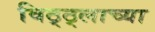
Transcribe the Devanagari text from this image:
विठ्ठ्लाच्या